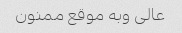
عالی وبه موقع ممنون